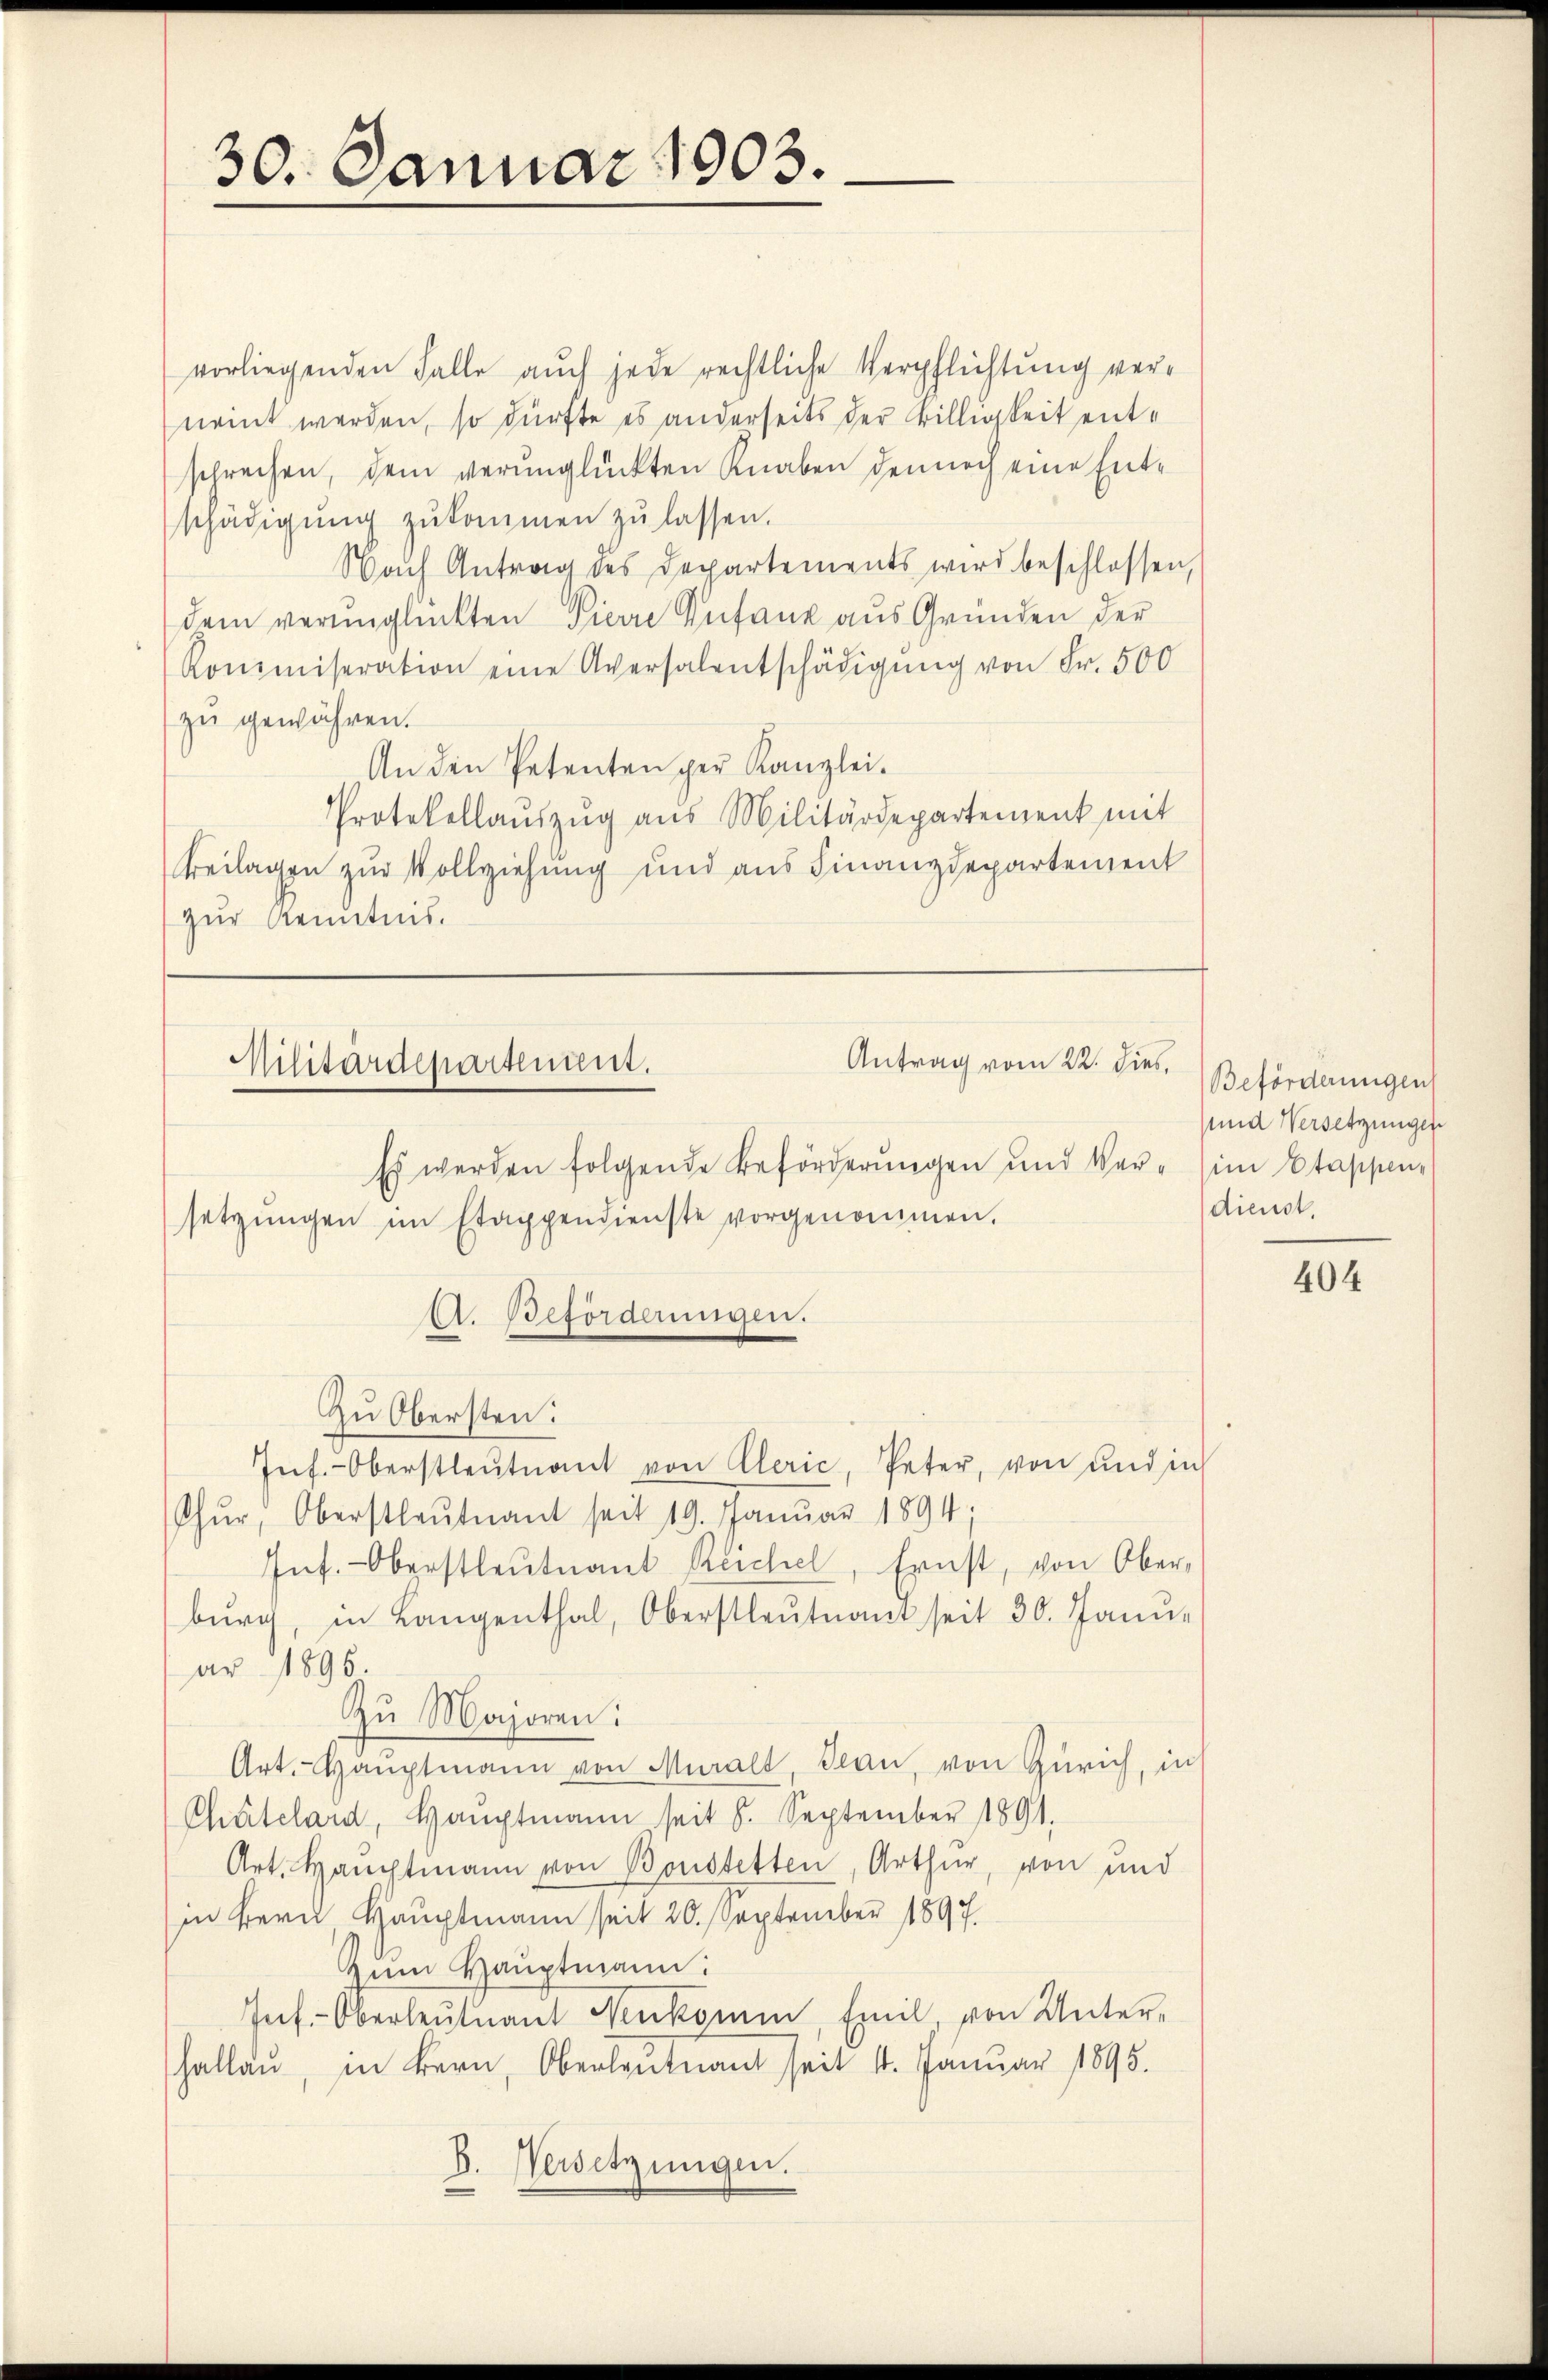
30. Januar 1903.

vorliegenden Falle auch jede rechtliche Verpflichtung verneint werden, so dürfte es anderseits der Billigkeit entschrechen, dem verunglückten Knaben dennoch eine Entschädigŭng zŭkommen zŭ lassen.
Nach Antrag des Departements wird beschlossen,
dem verunglückten Pierre Zufang aus Grunden der
Kommiseration eine Aversalentschädigŭng von Fr. 500
zu gewähren.
An den Petenten per Kanzlei.
Protokollaŭszŭg aŭs Militärdepartement mit
Beilagen zur Vollziehung und aus Finanzdepartement
zur Kenntnis.

Antrag vom 22. dies,
Militärdepartement.

Es werden folgende Beförderungen und Ver- im Etappensetzŭngen im Etappendienste vorgenommen.
A. Beförderungen.
Zu Obersten:
Inf.-Oberstleutnant von Clerić, Peter, von und in
Thŭr, Oberstleutnant seit 19. Janŭar 1894.
Inf.-Oberstleutnant Reichel, Ernst, von Oberbŭrg, in Langenthal, Oberstleŭtnant seit 30. Janŭ-
ar 1896.
Zŭ Majoren:
Art. Haŭptmann von Muralt, Jean, von Zürich, in
Chatelard, Hauptmann seit 8. September 1891.
Art. Hauptmann von Bonstetten, Arthur, von und
in fern Hauptmann seit 20. September 1897.
Zum Hauptmann:
Inf-Oberleutnant Neukomm, Emil, von Unterhallen, in Bern, Oberleutnant seit 4. Januar 1895.
D. Versetzungen.

Beförderungen
und Versetzungen
dienst.

404